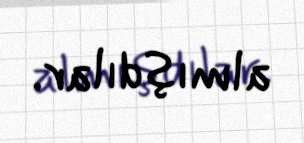
almışdılar.